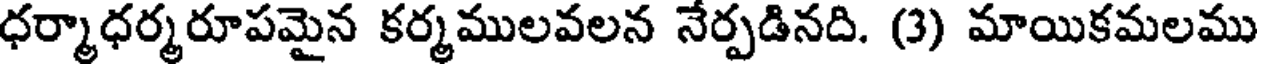
ధర్మాధర్మరూపమైన కర్మములవలన నేర్పడినది. (3) మాయికమలము